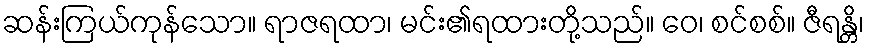
ဆန်းကြယ်ကုန်သော။ ရာဇရထာ၊ မင်း၏ရထားတို့သည်။ ဝေ၊ စင်စစ်။ ဇီရန္တိ၊